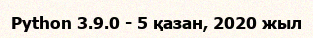
Python 3.9.0 - 5 қазан, 2020 жыл